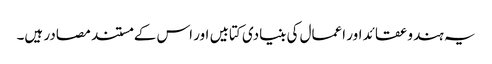
یہ ہندو عقائد اور اعمال کی بنیادی کتابیں اور اس کے مستند مصادر ہیں۔